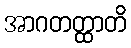
အာဂတတ္ထာတိ